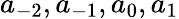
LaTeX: a_{-2},a_{-1},a_{0},a_{1}